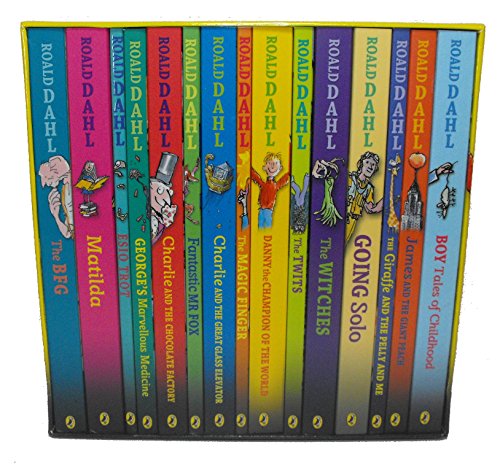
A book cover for Roald Dahl Collection - 15 Paperback Book Boxed Set; Roald Dahl; Literature & Fiction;